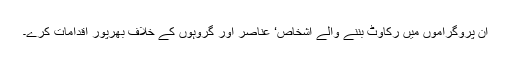
ان پروگراموں میں رکاوٹ بننے والے اشخاص‘ عناصر اور گروہوں کے خلاف بھرپور اقدامات کرے۔